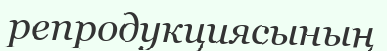
репродукциясының